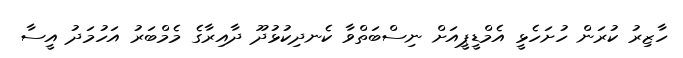
ހާޒިރު ކުރަން ހުށަހެޅީ އެމްޑީޕީއަށް ނިސްބަތްވާ ކެނދިކުޅުދޫ ދާއިރާގެ މެމްބަރު އަހުމަދު އީސާ